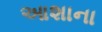
આશાના